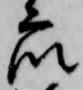
衆